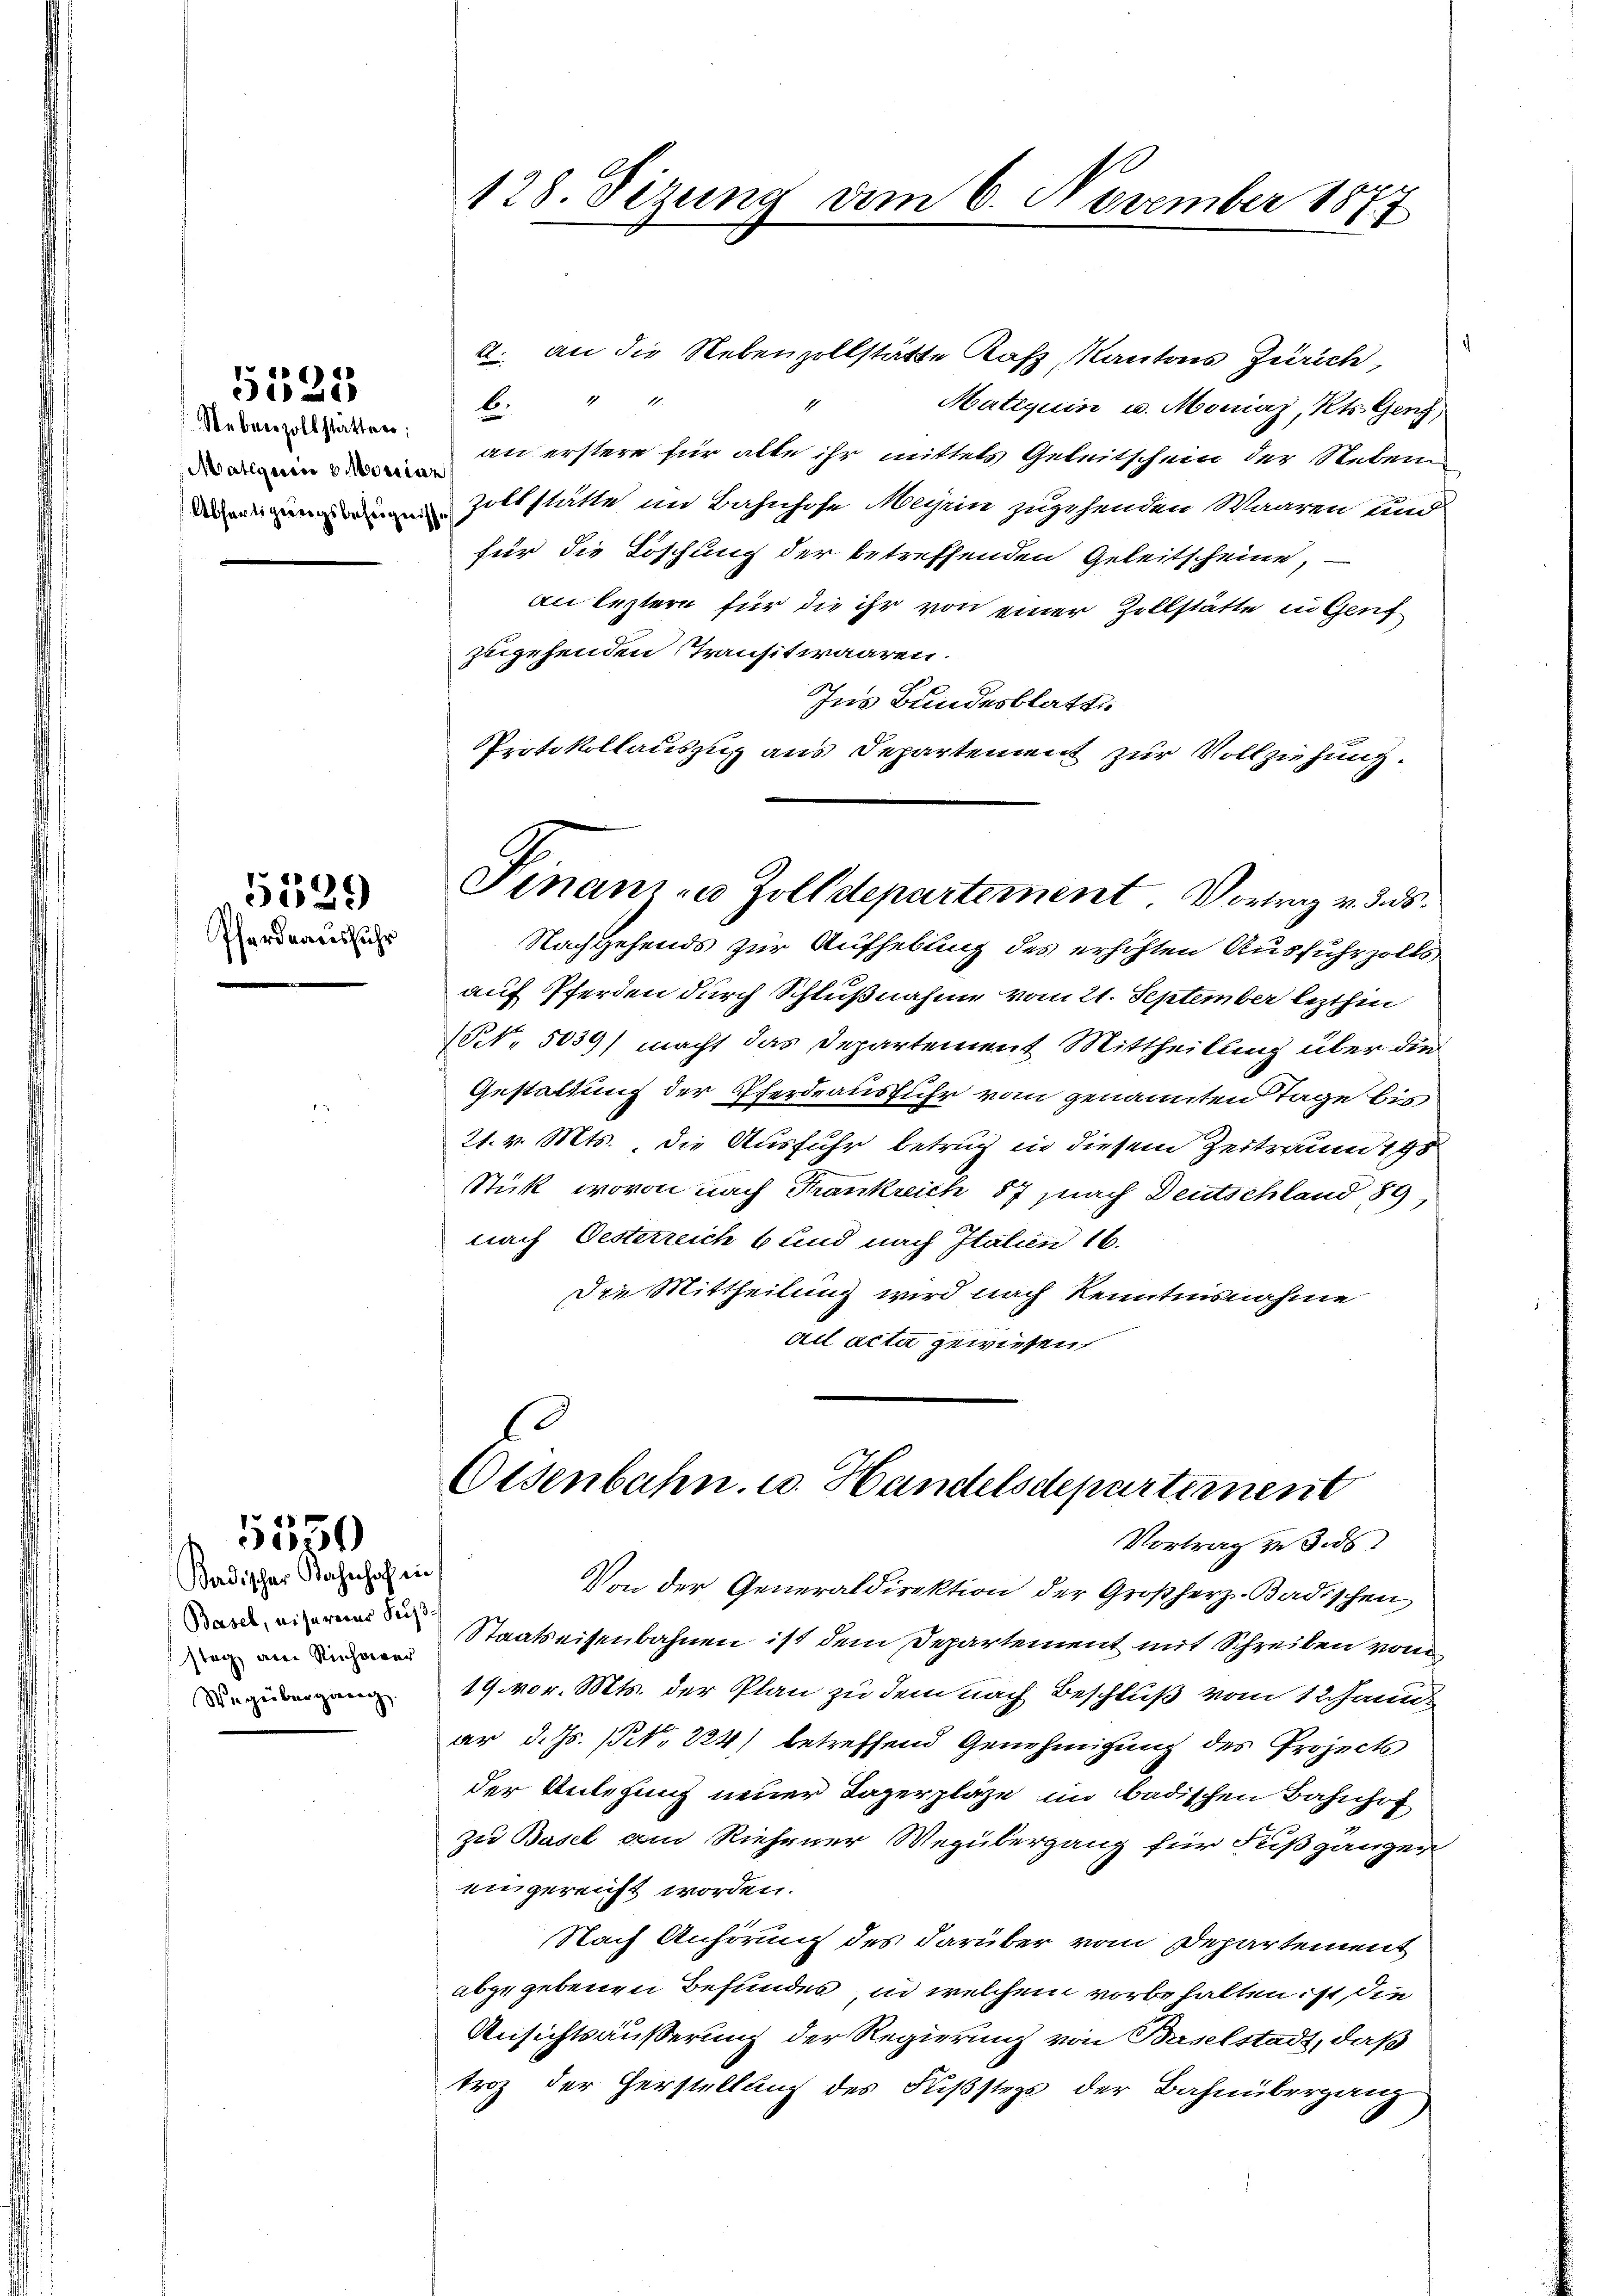
5125

Matigains 8 Monian

Pferdeausfuhr

5529

Basel, eisererer Kaise
stag am Richaer
Wegüberging.

5550
Badischer Bahnhof inn

128. Seizung dem 6. November 1877

d. an die Nebenzollstätte Katz, Kantons Zürich,
ko. 411.
Matiquin u. Moniaz, Kts. Genf,
enau erstere für alle ihr mittels Geleitschein der Neben
Zollstätte im Bahnhofe Meyen zugehenden Waaren und
für die Löschung der betreffenden Geleitscheine,
an leztern für die ihr von einer Zollstätte in Genf
zugehenden Transitwaaren.
Ins Bundesblatt
Protokollauszug aus Departement zur Vollziehung.

Pinam zu Zolldepartement Vortrag v. 3. ds.

Eisenbahn. u. Handelsdepartement
Vortrag zu 3. ds
Von der Generaldirektion der Großherz-Badischen

Nachgehends zur Aufhebung des erhöhten Ausfuhrzolls
auf Pferden durch Schlußnahme vom 21. September lezthin
(NNo. 5039) macht das Departement Mittheilung über die
Gestaltung der Pferdeausfuhr vom genannten Tage bis
21. v. Mts., die Ausfuhr betrug in diesem Zeitraum 1 95
Stück, wovon nach Frankreich 87 nach Deutschland 89,
nach Oesterreich 6 sind nach Italien 16.
Die Mittheilung wird nach Kenntnisnahme
ad acta gewiesen.

Staatseisenbahnen ist dem Departement mit Schreiben vom
19. vor. Mts. der Plan zu dem nach Beschluß vom 1 Janu
ar d. Js. No 224) betreffend Genehmigung des Project
der Ansehung neuer Lagerpläge im badischen Bahnhof
zu Basel am Riehener Megübergang für Fußgänzer
eingereicht worden.
Nach Anhörung des darüber vom Departement
abgegebenen Befundes, in welchem vorbehalten ist die
Ansichtsäußerung der Regierung von Baselstadt, daß
troz der Herstellung des Fußsteg der Bahnübergang